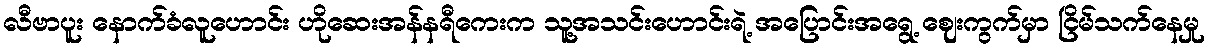
လီဗာပူး နောက်ခံလူဟောင်း ဟိုဆေးအန်နရီကေးက သူ့အသင်းဟောင်းရဲ့ အပြောင်းအရွေ့ ဈေးကွက်မှာ ငြိမ်သက်နေမှု